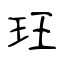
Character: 玨